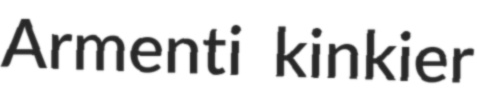
Armenti kinkier